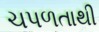
ચપળતાથી